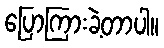
ပြောကြားခဲ့တာပါ။